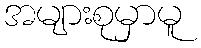
အများစုမှာမူ